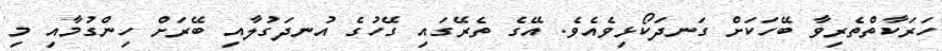
ހަރަކާތްތެރިވާ ބޭހަކަށް ގަނދަކޯޅިވެއެވެ. އޭގެ ތެރޭގައި ގޭހުގެ އުނދަގުލާއި ބޭރަށް ހިންގުމާއި މި